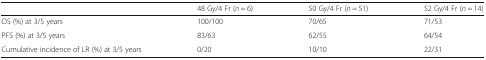
|  | 48 Gy/4 Fr (n = 6) | 50 Gy/4 Fr (n = 51) | 52 Gy/4 Fr (n = 14) |
 | --- | --- | --- | --- |
 | OS (%) at 3/5 years | 100/100 | 70/65 | 71/53 |
 | PFS (%) at 3/5 years | 83/63 | 62/55 | 64/54 |
 | Cumulative incidence of LR (%) at 3/5 years | 0/20 | 10/10 | 22/31 |